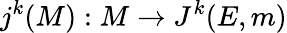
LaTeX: j^{k}(M):M\rightarrow J^{k}(E,m)